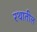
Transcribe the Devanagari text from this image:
रथातील